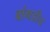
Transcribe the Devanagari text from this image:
बांगडीच